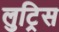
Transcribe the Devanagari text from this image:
लुट्रिस